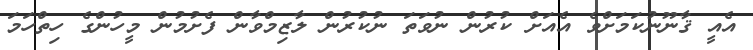
އެއީ ޤާނޫނުކަމަށްވެ އެއަށް ކުރުން ނުވަތަ ނުކުރުން ލާޒިމްވާން ފެށުމުން މީހުންގެ ހިތްހަމަ